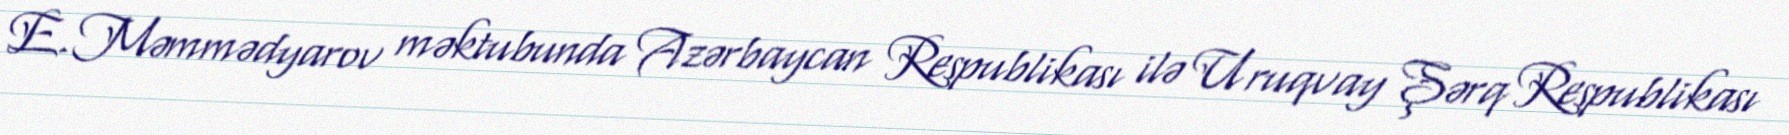
E.Məmmədyarov məktubunda Azərbaycan Respublikası ilə Uruqvay Şərq Respublikası